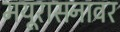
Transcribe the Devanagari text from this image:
मयूरासनावर